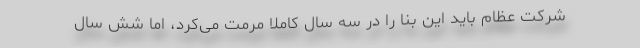
شرکت عظام باید این بنا را در سه سال کاملا مرمت می‌کرد، اما شش سال